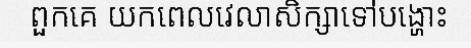
ពួកគេ យកពេលវេលាសិក្សាទៅបង្ហោះ